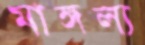
মাঙ্গল্য